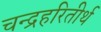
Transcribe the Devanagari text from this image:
चन्द्रहरितीर्थ